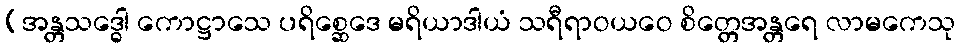
(အန္တသဒ္ဓေါ ကောဋ္ဌာသေ ပရိစ္ဆေဒေ မရိယာဒါယံ သရီရာဝယဝေ စိတ္တေအန္တရေ လာမကေသု